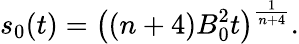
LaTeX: s_{0}(t)=\big((n+4)B_{0}^{2}t\big)^{\frac{1}{n+4}}.